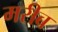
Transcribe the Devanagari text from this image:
मरीब